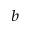
^ { b }